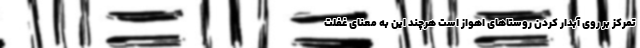
تمرکز بر روی آبدار کردن روستاهای اهواز است هرچند این به معنای غفلت